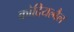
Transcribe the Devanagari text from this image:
कोदियल्बैल